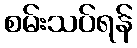
စမ်းသပ်ရန်